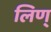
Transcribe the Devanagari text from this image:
लिण्